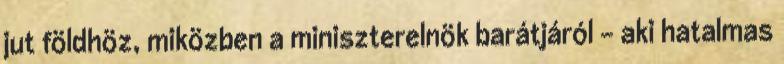
jut földhöz, miközben a miniszterelnök barátjáról – aki hatalmas